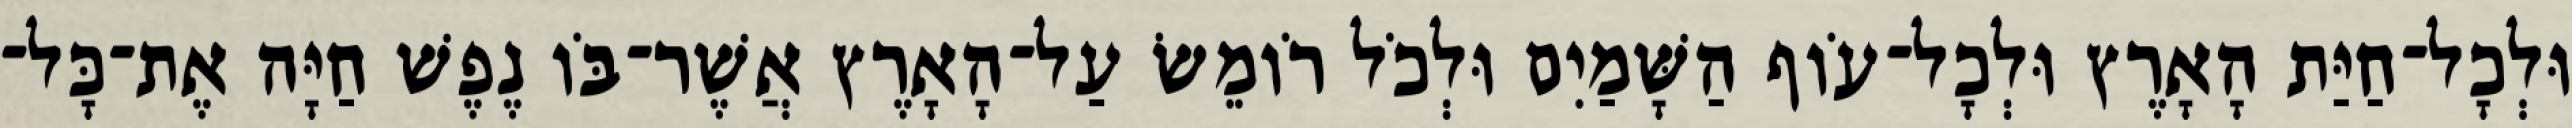
וּלְכָל־חַיַּת הָאָרֶץ וּלְכָל־עֹוף הַשָּׁמַיִם וּלְכֹל רֹומֵשׂ עַל־הָאָרֶץ אֲשֶׁר־בֹּו נֶפֶשׁ חַיָּה אֶת־כָּל־